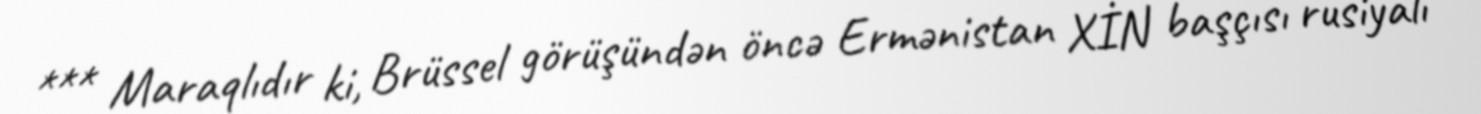
*** Maraqlıdır ki, Brüssel görüşündən öncə Ermənistan XİN başçısı rusiyalı